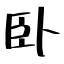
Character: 卧